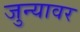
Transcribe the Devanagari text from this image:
जुन्यावर